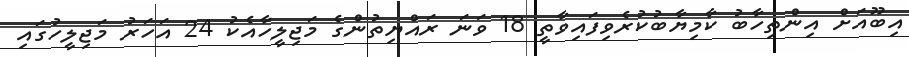
އިބޫއަށް އިންތިހާބު ކާމިޔާބުކުރެވިފައިވާތީ 18 ވަނަ ރައްޔިތުންގެ މަޖިލީހާއެކު 24 އަހަރު މަޖިލީހުގައި